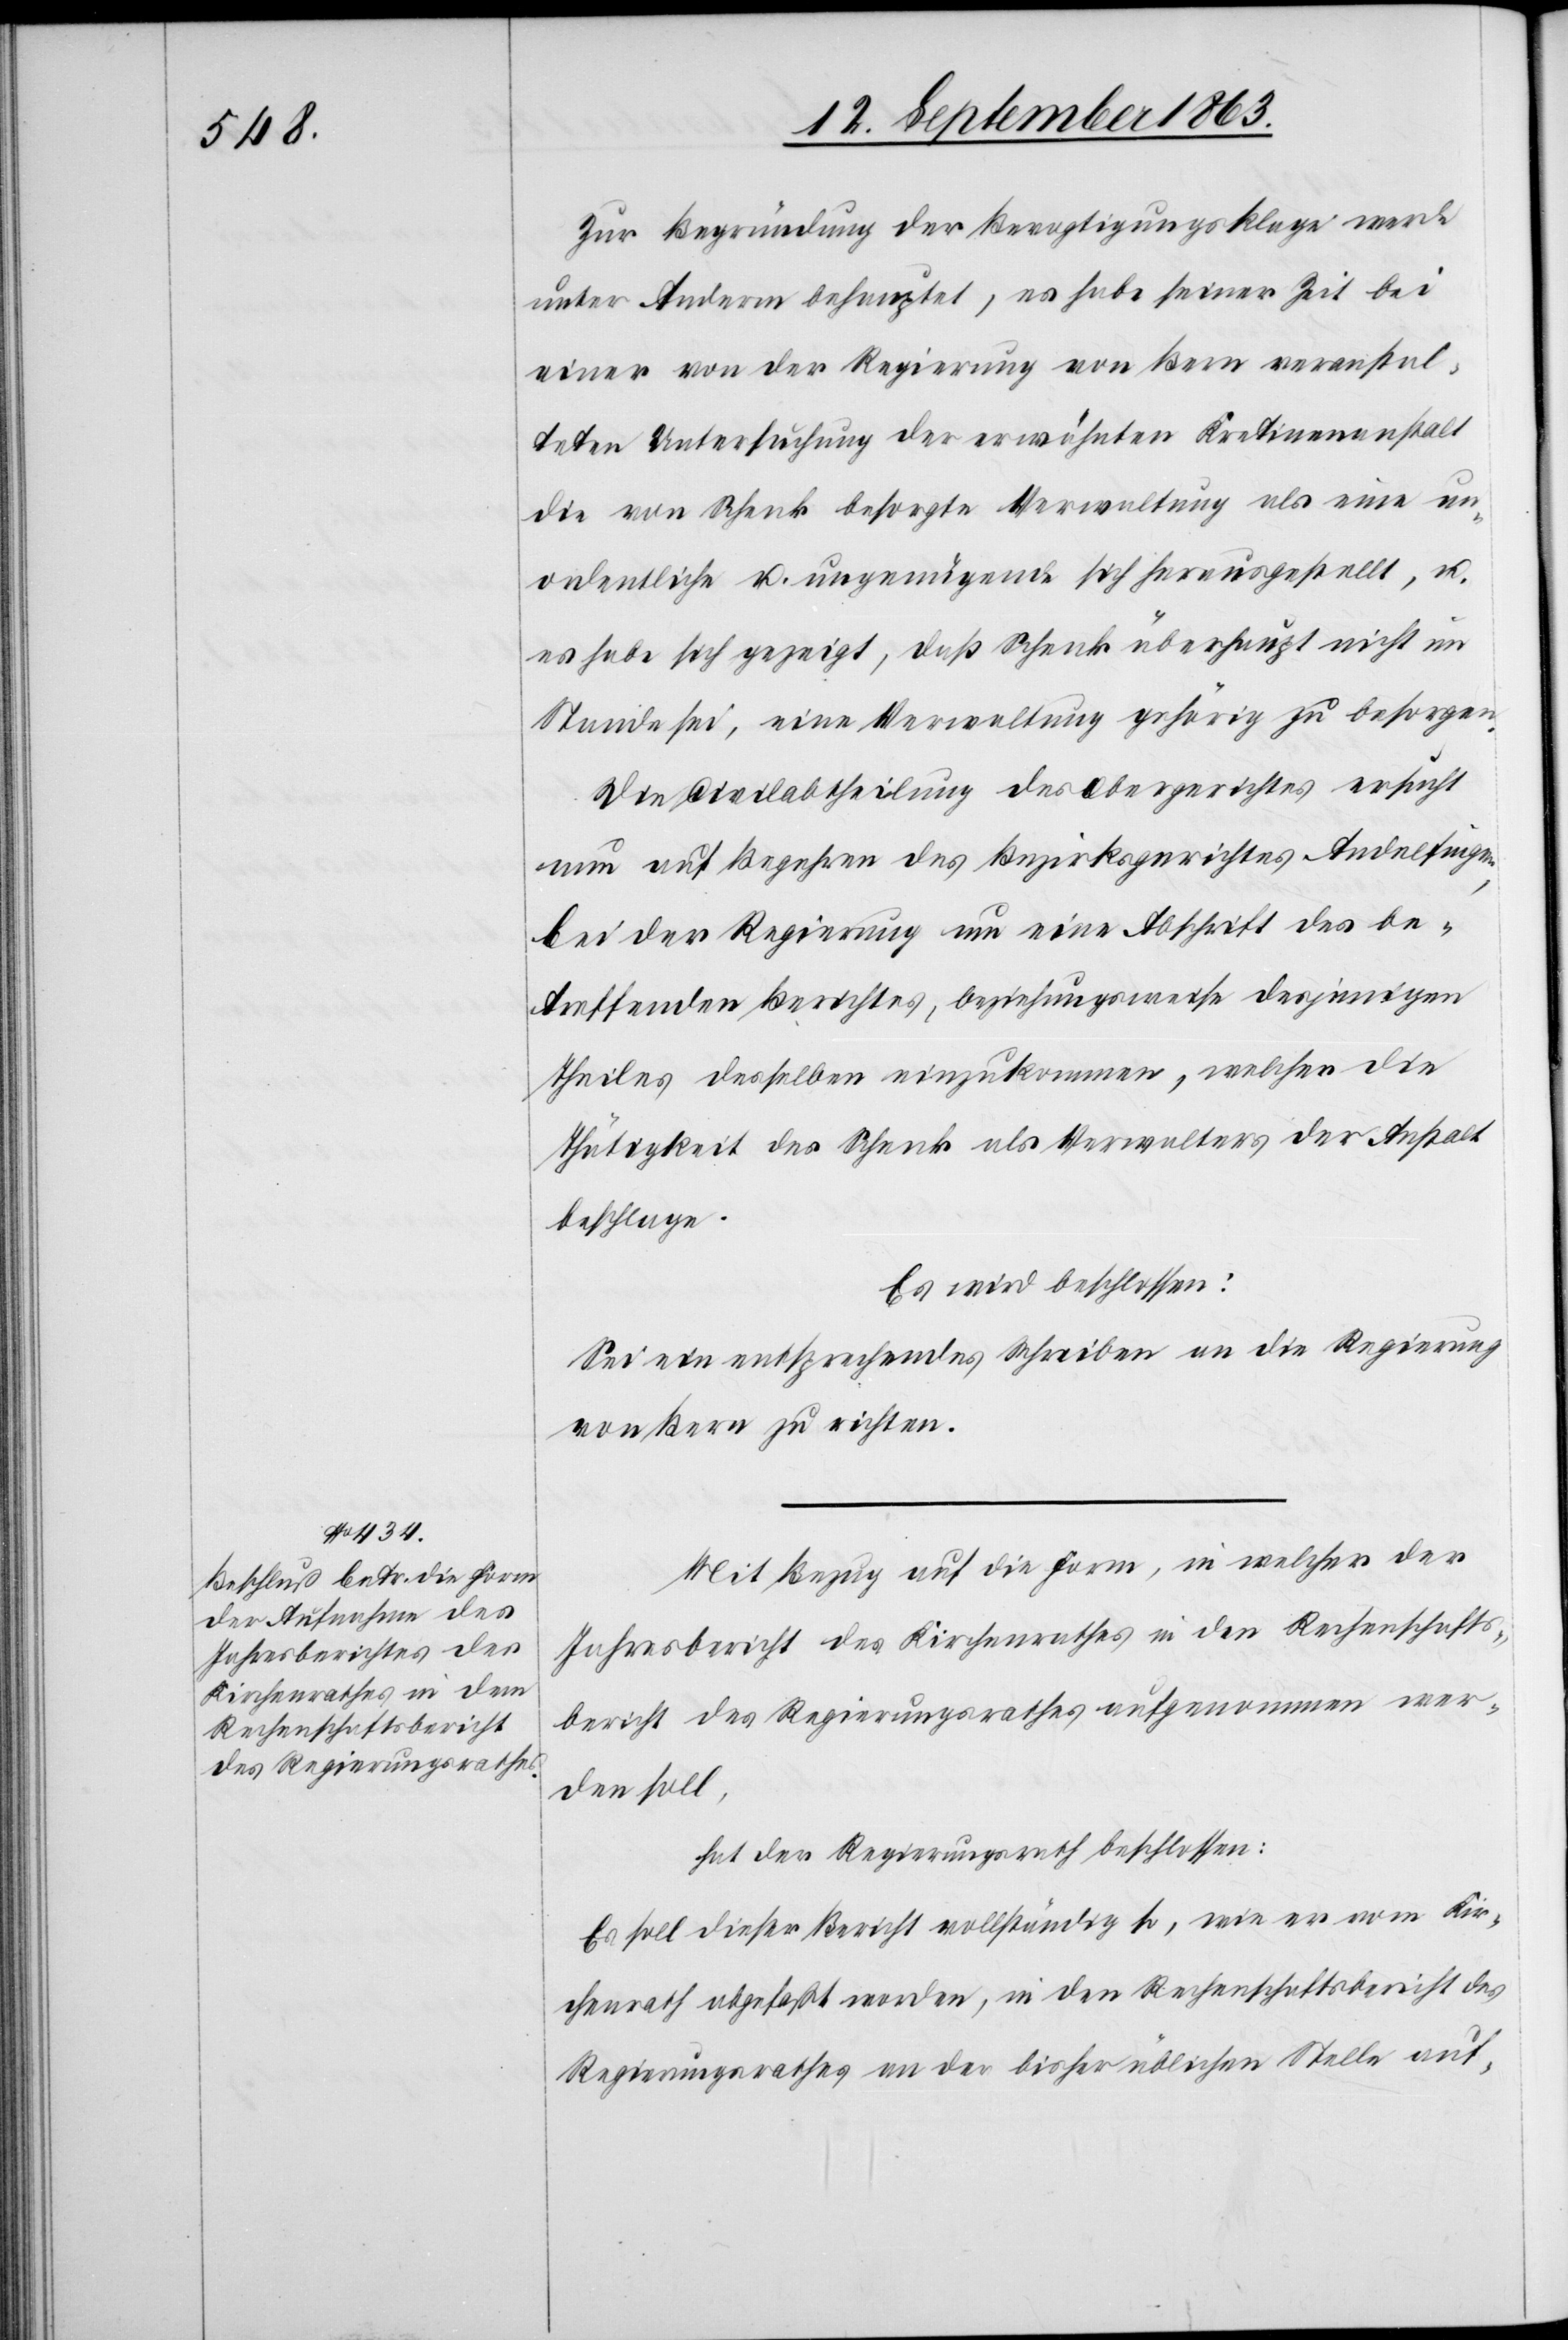
Zur Begründung der Bevogtigungsklage werde
unter Anderm behauptet, es habe seiner Zeit bei
einer von der Regierung von Bern veranstal¬
teten Untersuchung der erwähnten Kretinenanstalt
die von Schenk besorgte Verwaltung als eine un¬
ordentliche u. ungenügende sich herausgestellt, u.
es habe sich gezeigt, daß Schenk überhaupt nicht im
Stande sei, eine Verwaltung gehörig zu besorgen.
Die Civilabtheilung des Obergerichtes ersucht
nun auf Begehren des Bezirksgerichtes Andelfingen,
bei der Regierung um eine Abschrift des be¬
treffenden Berichtes, beziehungsweise desjenigen
Theiles desselben einzukommen, welcher die
Thätigkeit des Schenk als Verwalters der Anstalt
beschlage.
Es wird beschlossen:
Sei ein entsprechendes Schreiben an die Regierung
von Bern zu richten.
Mit Bezug auf die Form, in welcher der
Jahresbericht des Kirchenrathes in den Rechenschafts¬
bericht des Regierungsrathes aufgenommen wer¬
den soll,
hat der Regierungsrath beschlossen:
Es soll dieser Bericht vollständig so, wie er vom Kir¬
chenrath abgefaßt worden, in den Rechenschaftsbericht des
Regierungsrathes an der bisher üblichen Stelle auf-